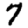
Digit: 7